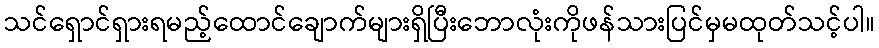
သင်ရှောင်ရှားရမည့်ထောင်ချောက်များရှိပြီးဘောလုံးကိုဖန်သားပြင်မှမထုတ်သင့်ပါ။